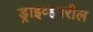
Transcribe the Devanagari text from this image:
ड्राइव्हवरील